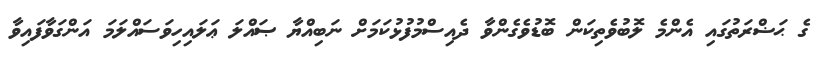
ގެ ޙަޟްރަތުގައި އެންމެ ލޮބުވެތިކަން ބޮޑުވެގެންވާ ދެއިސްމުފުޅުކަމަށް ނަބިއްޔާ ޞައްލަ ޢަލައިހިވަސައްލަމަ އަންގަވާފައިވާ